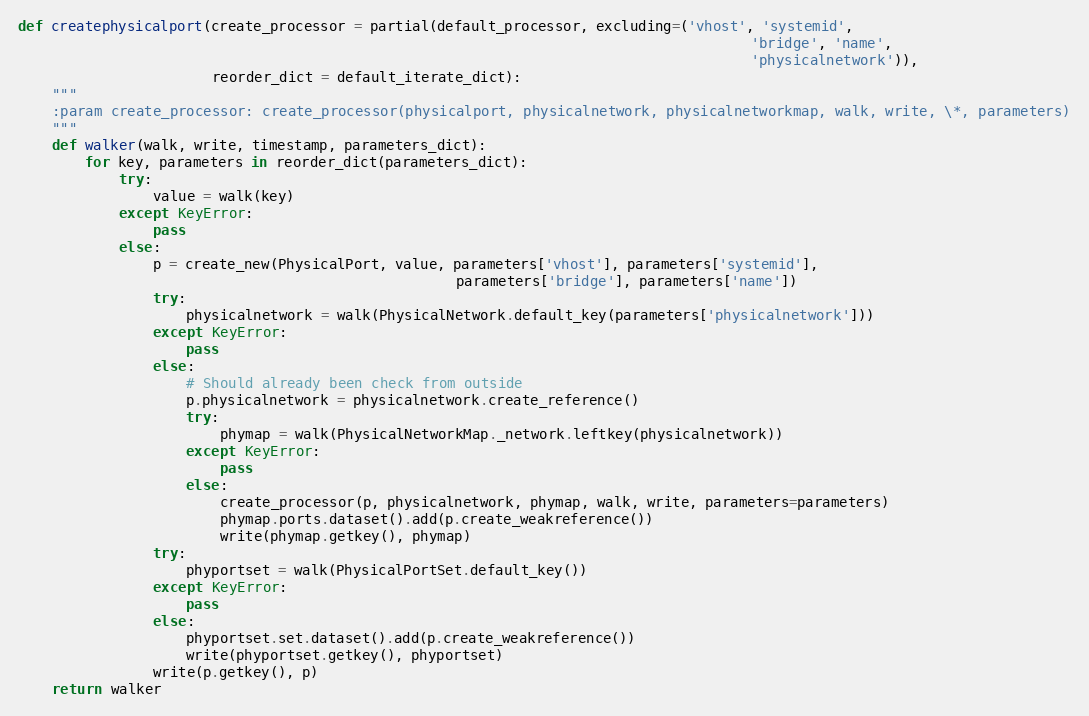
Language: Python
def createphysicalport(create_processor = partial(default_processor, excluding=('vhost', 'systemid',
                                                                                       'bridge', 'name',
                                                                                       'physicalnetwork')),
                       reorder_dict = default_iterate_dict):
    """
    :param create_processor: create_processor(physicalport, physicalnetwork, physicalnetworkmap, walk, write, \*, parameters)
    """
    def walker(walk, write, timestamp, parameters_dict):
        for key, parameters in reorder_dict(parameters_dict):
            try:
                value = walk(key)
            except KeyError:
                pass
            else:
                p = create_new(PhysicalPort, value, parameters['vhost'], parameters['systemid'],
                                                    parameters['bridge'], parameters['name'])
                try:
                    physicalnetwork = walk(PhysicalNetwork.default_key(parameters['physicalnetwork']))
                except KeyError:
                    pass
                else:
                    # Should already been check from outside
                    p.physicalnetwork = physicalnetwork.create_reference()
                    try:
                        phymap = walk(PhysicalNetworkMap._network.leftkey(physicalnetwork))
                    except KeyError:
                        pass
                    else:
                        create_processor(p, physicalnetwork, phymap, walk, write, parameters=parameters)
                        phymap.ports.dataset().add(p.create_weakreference())
                        write(phymap.getkey(), phymap)
                try:
                    phyportset = walk(PhysicalPortSet.default_key())
                except KeyError:
                    pass
                else:
                    phyportset.set.dataset().add(p.create_weakreference())
                    write(phyportset.getkey(), phyportset)
                write(p.getkey(), p)
    return walker